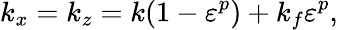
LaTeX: k_{x}=k_{z}=k(1-\varepsilon^{p})+k_{f}\varepsilon^{p},